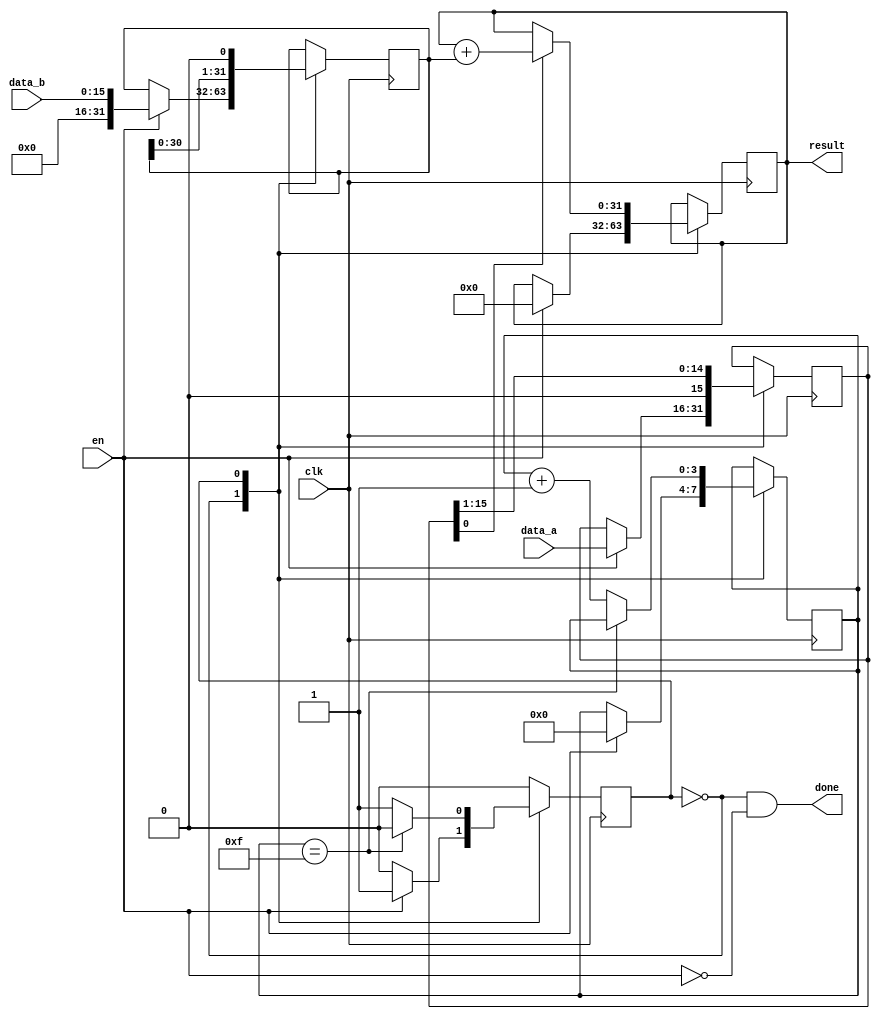
module multiplier_10
  (
   input                     clk,
   input                     en,
   input [BITS-1:0]          data_a,
   input [BITS-1:0]          data_b,
   output reg [(BITS*2)-1:0] result,
   output                    done
   );
   parameter BITS = 16;
   localparam STATE_IDLE     = 0;
   localparam STATE_MULTIPLY = 1;
   reg                    state = STATE_IDLE;
   reg [$clog2(BITS)-1:0] mul_counter = 0;
   reg [BITS-1:0]         data_a_reg = 0;
   reg [(BITS*2)-1:0]     data_b_reg = 0;
   assign done = (STATE_IDLE == state) && !en;
   always @ (posedge clk) begin
      case (state)
         STATE_IDLE: begin
            if (en) begin
               mul_counter <= 0;
               data_a_reg <= data_a;
               data_b_reg <= { {BITS{1'b0}}, data_b };
               result <= 0;
               state <= STATE_MULTIPLY;
            end
         end
         STATE_MULTIPLY: begin
            if (mul_counter == BITS - 1) begin
               state <= STATE_IDLE;
            end else begin
               mul_counter <= mul_counter + 1;
            end
            data_a_reg <= data_a_reg >> 1;
            data_b_reg <= data_b_reg << 1;
            if (data_a_reg[0]) begin
               result <= result + data_b_reg;
            end
         end
      endcase
   end
endmodule